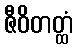
ဇီဝိတတ္ထံ